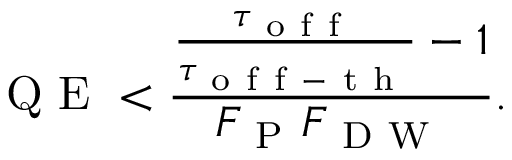
\mathrm { ~ Q ~ E ~ } < \frac { \frac { \tau _ { \mathrm { ~ o ~ f ~ f ~ } } } { \tau _ { \mathrm { ~ o ~ f ~ f ~ - ~ t ~ h ~ } } } - 1 } { F _ { \mathrm { ~ P ~ } } F _ { \mathrm { ~ D ~ W ~ } } } .